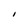
Character: I